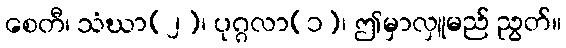
စေတီ၊ သံဃာ(၂)၊ ပုဂ္ဂလာ(၁)၊ ဤမှာလှူမည် ညွတ်။